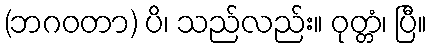
(ဘဂဝတာ) ပိ၊ သည်လည်း။ ဝုတ္တံ၊ ပြီ။